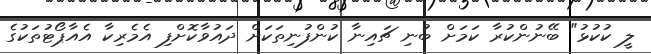
ލީ ކުކުޅު" ބޭނުންކުރާ ކަމަށް ބުނި ޗައިނާ ކުންފުނިތަކަށް ދައުވާކޮށްފި އެމެރިކާ އެއާޕޯޓުތަކުގެ